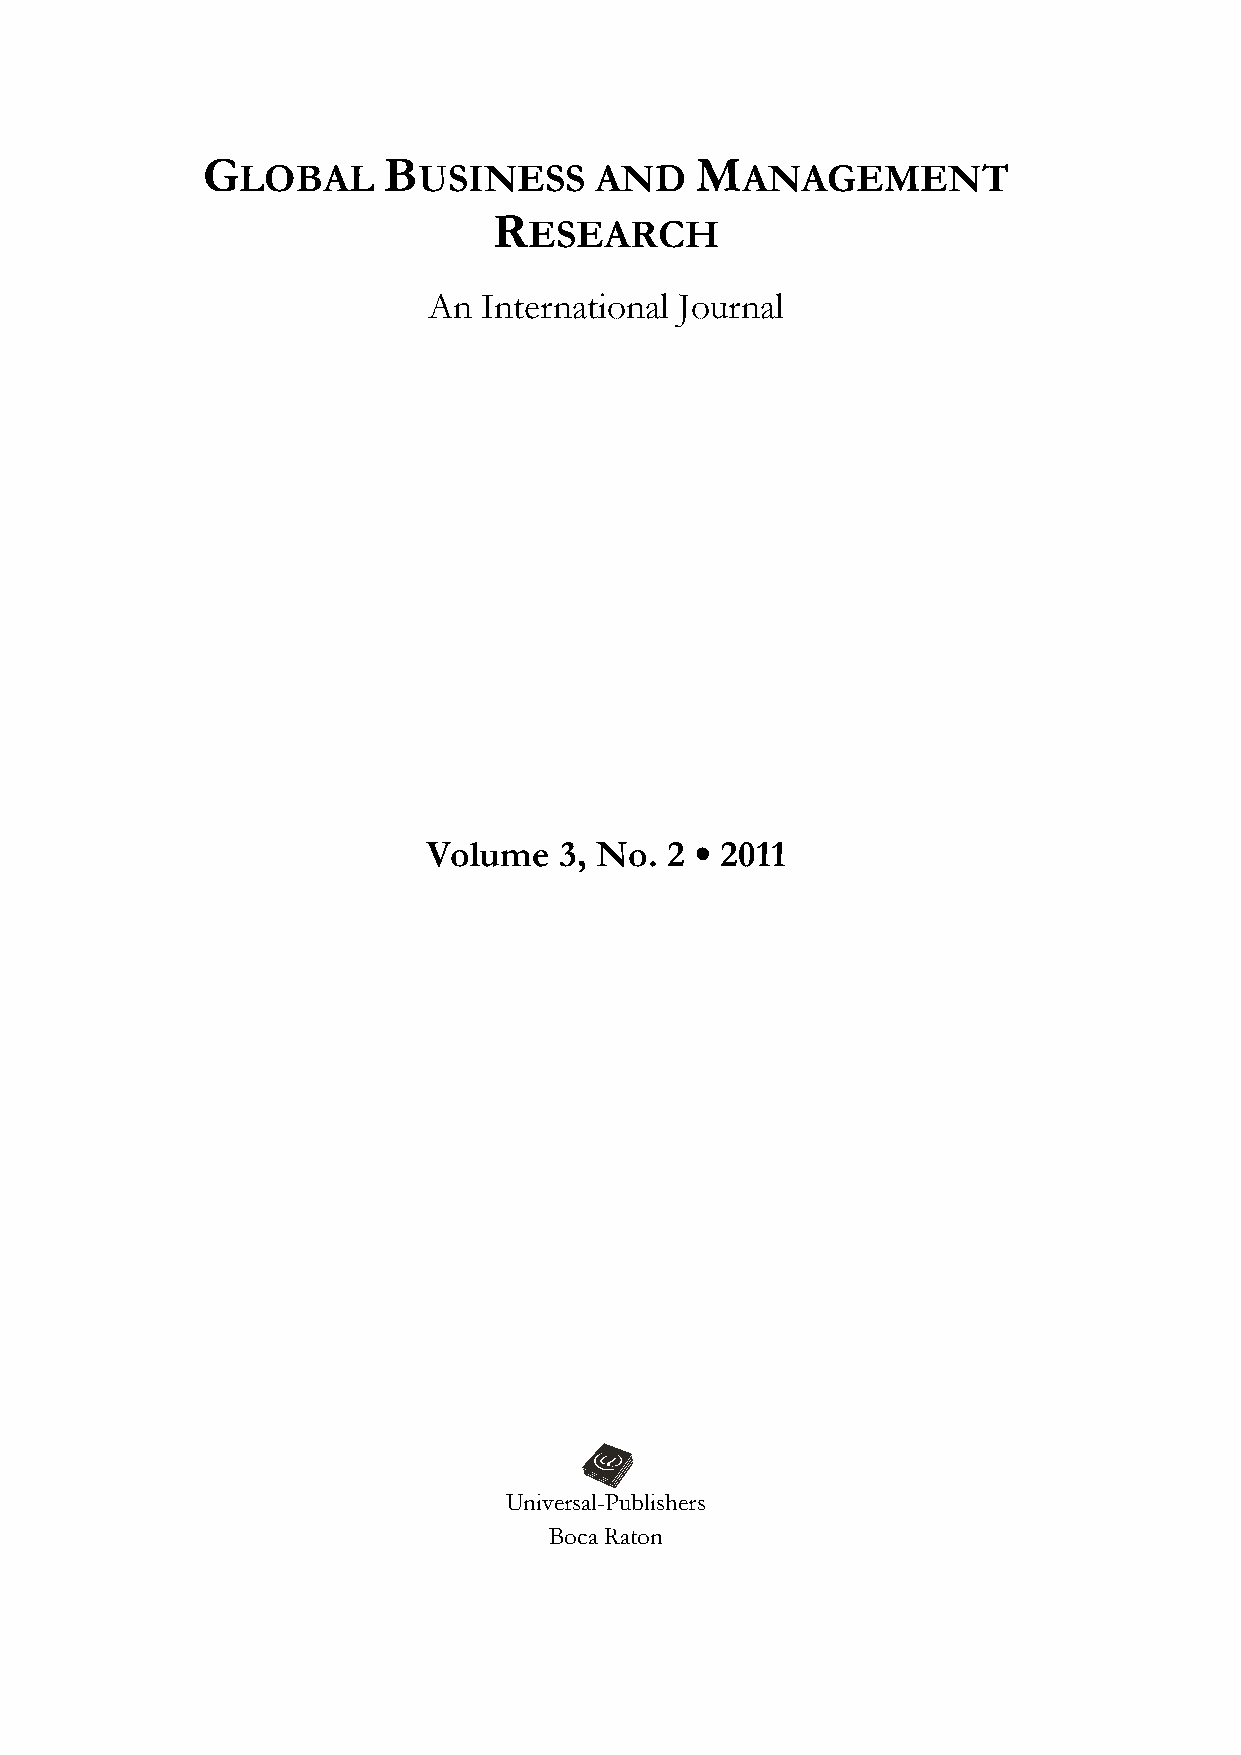
G           B                    M
 LOBAL       USINESS    AND       ANAGEMENT
 R
 ESEARCH
 An  International Journal
 Volume   3, No. 2 ● 2011
 Universal-Publishers
 Boca Raton